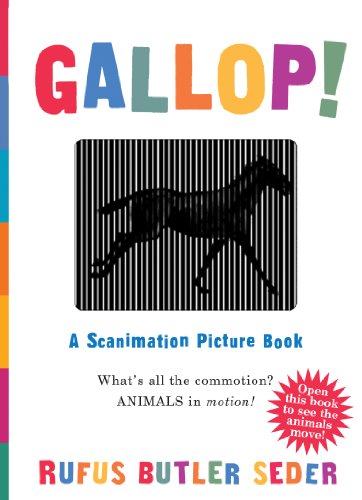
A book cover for Gallop!: A Scanimation Picture Book; Rufus Butler Seder; Children's Books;